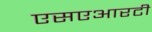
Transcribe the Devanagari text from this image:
एसएआरटी